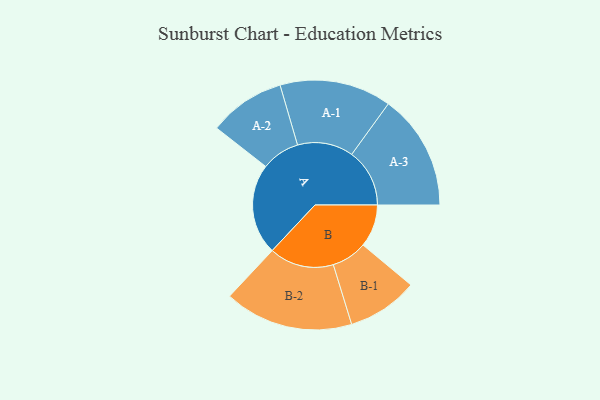
{"axis": {"x": "Segment", "y": "Value"}, "legend": ["", "A", "B"], "data": [{"x": "A", "y": 356, "type": ""}, {"x": "B", "y": 167, "type": ""}, {"x": "A-1", "y": 219, "type": "A"}, {"x": "A-2", "y": 150, "type": "A"}, {"x": "A-3", "y": 227, "type": "A"}, {"x": "B-1", "y": 139, "type": "B"}, {"x": "B-2", "y": 253, "type": "B"}]}